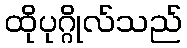
ထိုပုဂ္ဂိုလ်သည်